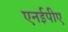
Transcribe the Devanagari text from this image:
एनईपीए